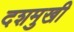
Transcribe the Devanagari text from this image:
दशमुखी